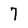
Character: 7